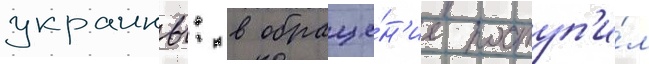
украины: в обраще́н'ие поступ'и́л